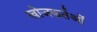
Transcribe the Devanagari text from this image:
खोजकर्तओं